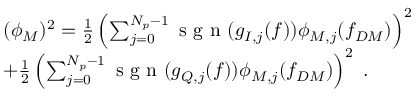
\begin{array} { r l } & { ( \phi _ { M } ) ^ { 2 } = \frac { 1 } { 2 } \left( \sum _ { j = 0 } ^ { N _ { p } - 1 } \textrm { s g n } ( g _ { I , j } ( f ) ) \phi _ { M , j } ( f _ { D M } ) \right) ^ { 2 } } \\ & { + \frac { 1 } { 2 } \left( \sum _ { j = 0 } ^ { N _ { p } - 1 } \textrm { s g n } ( g _ { Q , j } ( f ) ) \phi _ { M , j } ( f _ { D M } ) \right) ^ { 2 } \ . } \end{array}